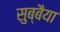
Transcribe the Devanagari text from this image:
सुब्बैया